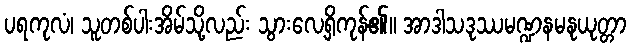
ပရကုလံ၊ သူတစ်ပါးအိမ်သို့လည်း သွားလေ့ရှိကုန်၏။ အာဒါသဒုဿမဏ္ဍနမနုယုတ္တာ